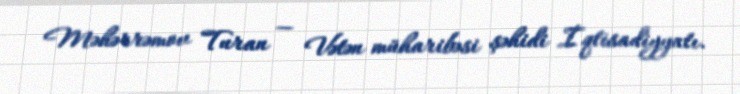
Məhərrəmov Turan — Vətən müharibəsi şəhidi İqtisadiyyatı.